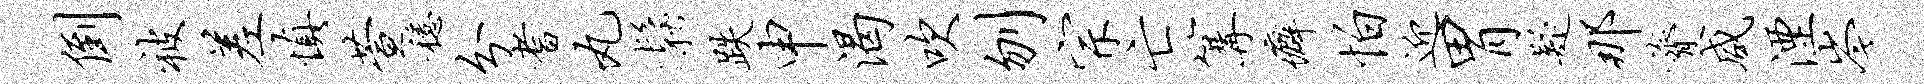
倒被差慎萱稳分耆丸松跌申渴吹刎宗亡篝癖怕迎胃疑那膂咸湮岑